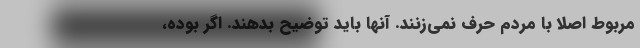
مربوط اصلاً با مردم حرف نمی‌زنند. آنها باید توضیح بدهند. اگر بوده،